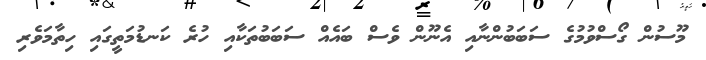
މޫސުން ގޯސްވުމުގެ ސަބަބުންނާއި އެނޫން ވެސް ބައެއް ސަބަބުތަކާއި ހުރެ ކަނޑުމަތީގައި ހިތާމަވެރި